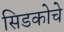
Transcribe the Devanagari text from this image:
सिडकोचे